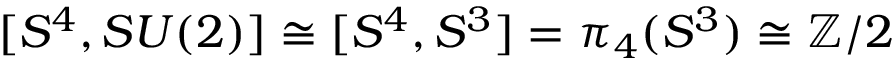
[ S ^ { 4 } , S U ( 2 ) ] \cong [ S ^ { 4 } , S ^ { 3 } ] = \pi _ { 4 } ( S ^ { 3 } ) \cong \mathbb { Z } / 2